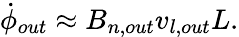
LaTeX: \dot{\phi}_{out}\approx B_{n,out}v_{l,out}L.